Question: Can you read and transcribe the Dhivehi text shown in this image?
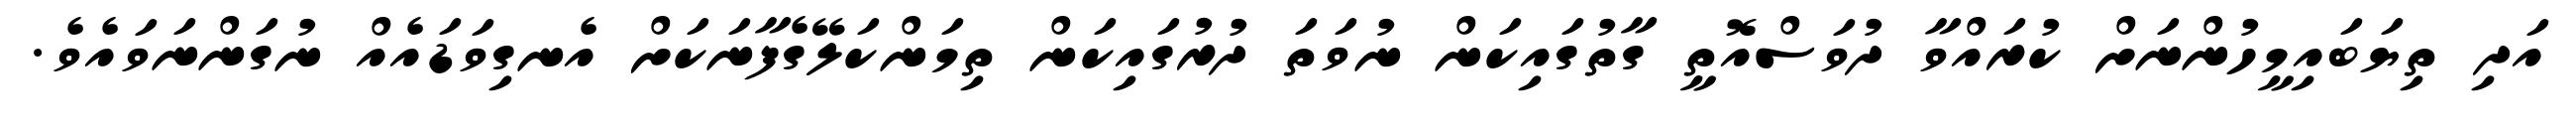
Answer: އަދި ތިޔަބައިމީހުންނަށް ކުރައްވާ ދުވަސްއޮތީ ގާތުގައިކަން ނުވަތަ ދުރުގައިކަން ތިމަންކަލޭގެފާނަކަށް އެނގިވަޑައެއް ނުގަންނަވައެވެ.